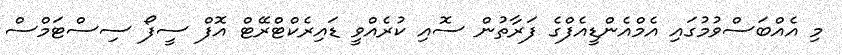
މި އެއްބަސްވުމުގައި އެމްއެންޑީއެފްގެ ފަރާތުން ސޮއި ކުރެއްވީ ޑައިރެކްޓްރޭޓް އޮފް ސީފޯ ސިސްޓަމްސް